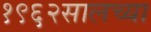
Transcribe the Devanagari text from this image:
१९६२सालच्या